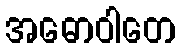
အဓောဝါတေ